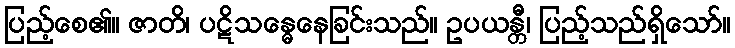
ပြည့်စေ၏။ ဇာတိ၊ ပဋိသန္ဓေနေခြင်းသည်။ ဥပယန္တီ၊ ပြည့်သည်ရှိသော်။